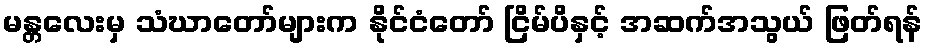
မန္တလေးမှ သံဃာတော်များက နိုင်ငံတော် ငြိမ်ပိနှင့် အဆက်အသွယ် ဖြတ်ရန်